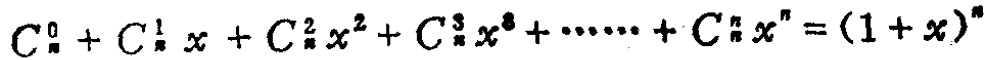
\(C_{n}^{0}+C_{n}^{1}x + C_{n}^{2}x^{2}+C_{n}^{3}x^{3}+\cdots\cdots + C_{n}^{n}x^{n}=(1 + x)^{n}\)